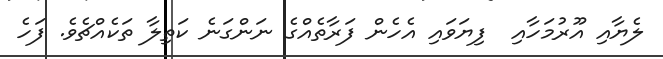
ލެޔާއި އޫރުމަހާއި  ފިޔަވައި އެހެން ފަރާތެއްގެ ނަންގަނެ ކަތިލާ ތަކެއްޗެވެ. ފަހެ